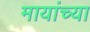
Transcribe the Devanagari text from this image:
मायांच्या